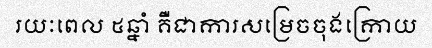
រយៈពេល ៥ឆ្នាំ គឺជាការសម្រេចចុងក្រោយ